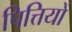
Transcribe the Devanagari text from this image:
पित्तियों